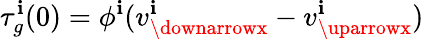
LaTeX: \tau_{g}^{\mathbf{i}}(0)=\phi^{\mathbf{i}}(v_{\downarrowx}^{\mathbf{i}}-v_{\uparrowx}^{\mathbf{i}})